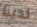
لدينا